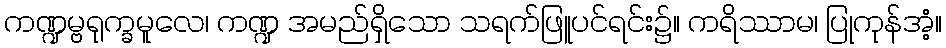
ကဏ္ဍမ္ဗရုက္ခမူလေ၊ ကဏ္ဍ အမည်ရှိသော သရက်ဖြူပင်ရင်း၌။ ကရိဿာမ၊ ပြုကုန်အံ့။